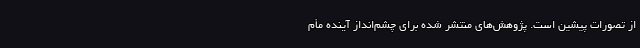
از تصورات پیشین است. پژوهش‌های منتشر شده برای چشم‌انداز آینده مأم